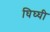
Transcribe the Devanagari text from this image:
घिघ्घी